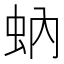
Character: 蚋